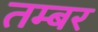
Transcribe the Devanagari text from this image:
तम्बर